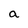
Character: a